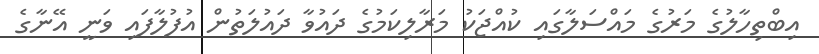
އިބްތިހާލުގެ މަރުގެ މައްސަލާގައި ކުއްޖަކު މަރާލިކަމުގެ ދައުވާ ދައުލަތުން އުފުލާފައި ވަނީ އޭނާގެ